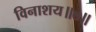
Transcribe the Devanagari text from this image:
विनाशय॥७॥